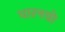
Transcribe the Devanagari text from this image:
धारनयो